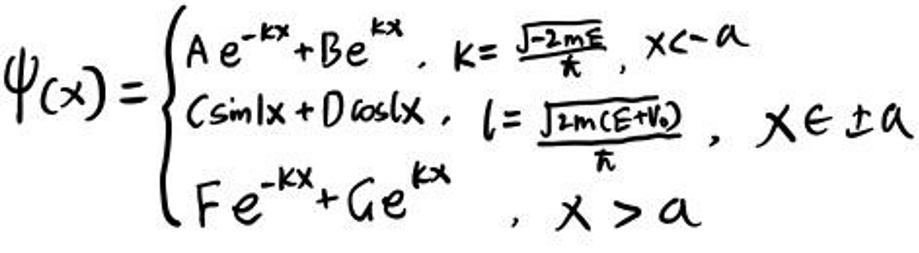
\[
\varphi(x)=\begin{cases}
Ae^{-kx}+Be^{kx},& k = \sqrt{\frac{2mE}{\hbar}}, x < -a\\
C\sin lx + D\cos lx,& l=\sqrt{\frac{2m(E + V_0)}{\hbar}}, x\in\pm a\\
Fe^{-kx}+Ge^{kx},& x > a
\end{cases}
\]